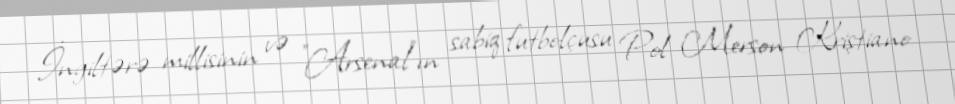
İngiltərə millisinin və "Arsenal"ın sabiq futbolçusu Pol Merson Kriştiano